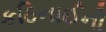
કઠિનાઈનો